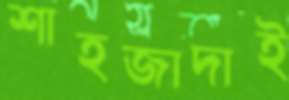
শাহজাদাই